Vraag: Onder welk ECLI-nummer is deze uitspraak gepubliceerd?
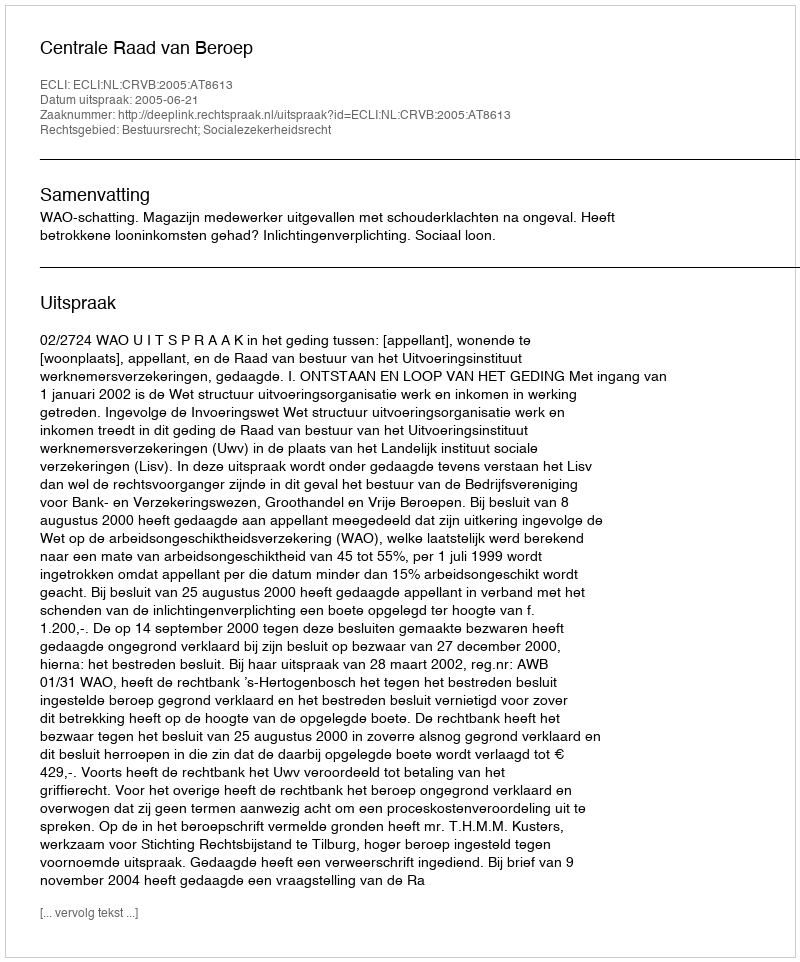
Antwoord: ECLI:NL:CRVB:2005:AT8613